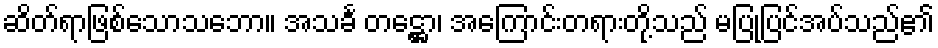
ဆိတ်ရာဖြစ်သောသဘော။ အသင်္ခ တဋ္ဌော၊ အကြောင်းတရားတို့သည် မပြုပြင်အပ်သည်၏